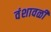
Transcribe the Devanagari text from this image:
वंशावळी